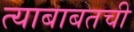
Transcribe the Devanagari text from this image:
त्याबाबतची